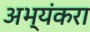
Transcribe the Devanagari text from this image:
अभ्यंकरा